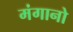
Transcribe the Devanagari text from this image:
मंगानो